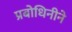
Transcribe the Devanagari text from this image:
प्रबोधिनीने